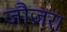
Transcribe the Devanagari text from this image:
जौज़रा